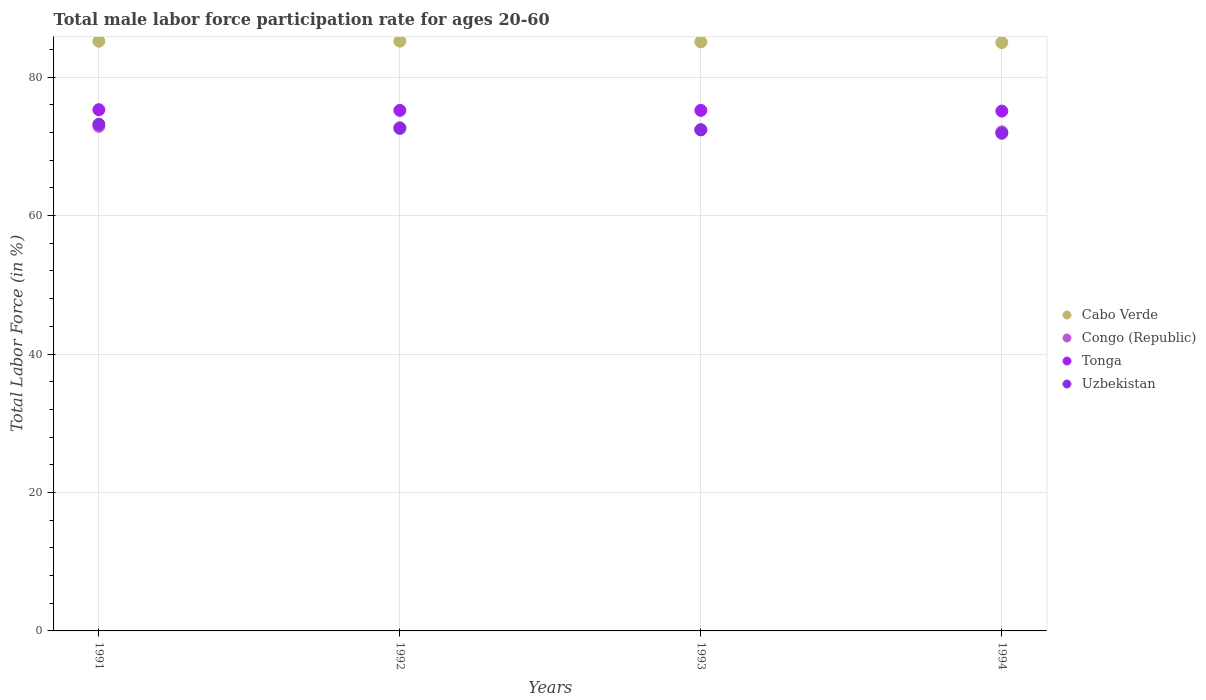
| Years | Cabo Verde | Congo (Republic) | Tonga | Uzbekistan |
 | --- | --- | --- | --- | --- |
 | 1991 | 85.2 | 72.9 | 75.3 | 73.2 |
 | 1992 | 85.2 | 72.7 | 75.2 | 72.6 |
 | 1993 | 85.1 | 72.4 | 75.2 | 72.4 |
 | 1994 | 85 | 72.1 | 75.1 | 71.9 |